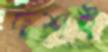
দশই